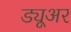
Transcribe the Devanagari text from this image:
ड्यूअर